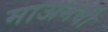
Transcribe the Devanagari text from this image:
माअनवी